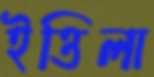
ইত্তিলা